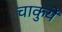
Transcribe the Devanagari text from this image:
चाकुयें